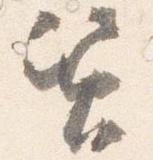
資